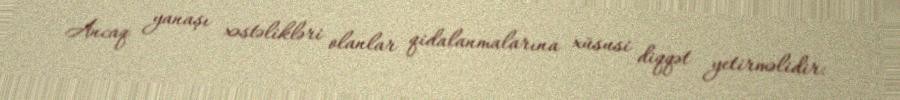
Ancaq yanaşı xəstəlikləri olanlar qidalanmalarına xüsusi diqqət yetirməlidir: